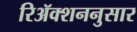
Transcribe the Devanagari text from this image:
रिॲक्शननुसार